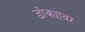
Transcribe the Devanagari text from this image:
डोक्यांवर